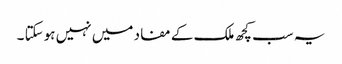
یہ سب کچھ ملک کے مفاد میں نہیں ہوسکتا ۔